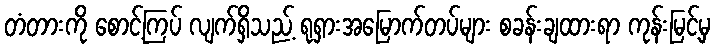
တံတားကို စောင့်ကြပ် လျက်ရှိသည့် ရုရှားအမြောက်တပ်များ စခန်းချထားရာ ကုန်းမြင့်မှ